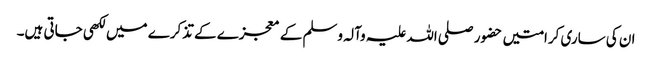
ان کی ساری کرامتیں حضور صلی اللہ علیہ وآلہ وسلم کے معجزے کے تذکرے میں لکھی جاتی ہیں۔